Annual report of the Punjab Veterinary College and of the Civil Veterinary Department, Punjab - 1894-1908
Year: 1894
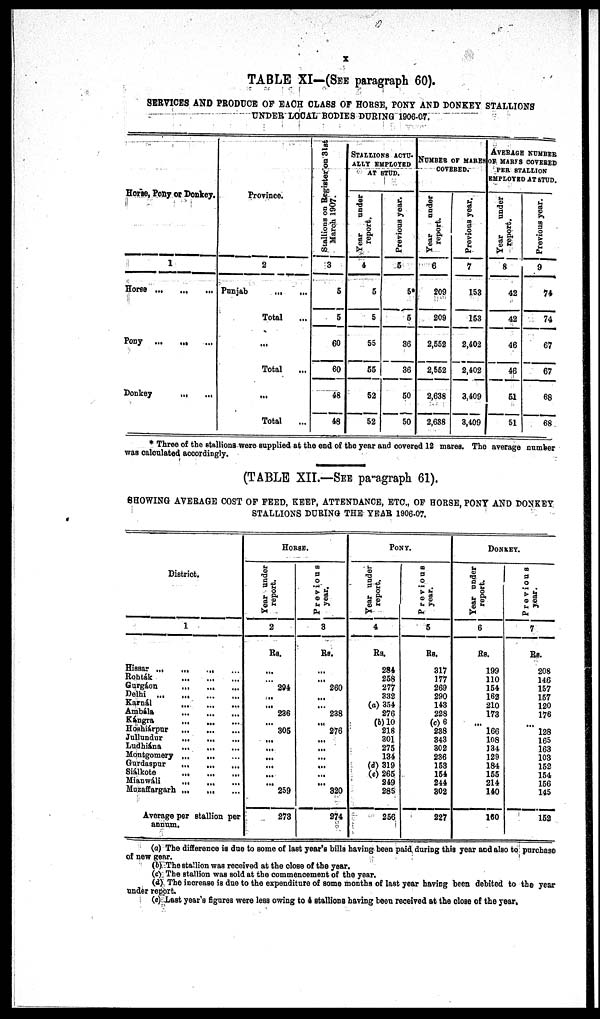
X
TABLE XI—(SEE paragraph 60).
SERVICES AND PRODUCE OF EACH CLASS OF HORSE, PONY AND DONKEY STALLIONS
UNDER LOCAL BODIES DURING 1906-07.
Horse, Pony or Donkey.
1
Horse
...
...
...
Pony
...
...
...
Donkey
...
...
...
Province.
2
Punjab
...
...
Total ...
...
Total ...
...
Total ...
Stallions on Register on 31st
March 1907.
3
5
5
60
60
48
48
STALLIONS ACTU-
ALLY EMPLOYED
AT STUD.
Year
under
report.
4
5
5
55
55
52
52
Previous year.
5
5*
5
36
36
50
50
NUMBER OF MARES
COVERED.
Year
under
report.
6
209
209
2,552
2,552
2,638
2,638
Previous year.
7
153
153
2,402
2,402
3,409
3,409
AVERAGE NUMBER
OF MARFS COVERED
PER STALLION
EMPLOYED AT STUD.
Year
under
report.
8
42
42
46
46
51
51
Previous year.
9
74
74
67
67
68
68
* Three of the stallions were supplied at the end of the year and covered 12 mares. The average number
was calculated accordingly.
(TABLE XII.—SEE paragraph 61).
SHOWING AVERAGE COST OF FEED, KEEP, ATTENDANCE, ETC., OF HORSE, PONY AND DONKEY
STALLIONS DURING THE YEAR 1906-07.
District.
1
Hissar ... ... ... ...
Rohták
Gurgáon
Delhi
Kamál
Ambála
Kángra
Hoshiárpur
Jullundur
Ludhiána
...
...
Montgomery ...
Gurdaspur
...
...
...
Siálkote
.
Mianwáli
Mozaffargarh
Average per stallion per
annum.
HORSE.
Year under
report.
2
Rs.
294
236
...
305
...
...
...
...
...
259
273
Previous
year.
3
Rs.
...
260
...
238
...
276
...
...
...
...
...
...
320
274
PONY.
Year under
report.
4
Rs.
284
258
277
332
(a) 354
276
(b) 10
218
301
275
134
(d) 319
(e) 265
249
285
256
Previous
year.
5
Rs.
317
177
269
290
143
228
(c) 6
238
343
302
236
153
154
244
302
227
DONKEY.
Year under
report.
6
Rs.
199
110
154
162
210
173
...
166
108
134
129
184
155
214
140
160
Previous
year.
7
Rs.
208
146
157
157
120
176
...
128
165
163
103
152
154
156
145
152
(a) The difference is due to some of last year's bills having been paid during this year and also to purchase
of new gear.
(b) The stallion was received at the close of the year.
(c) The stallion was sold at the commencement of the year.
(d) The increase is due to the expenditure of some months of last year having been debited to the year
under report.
(e) Last year's figures were less owing to 4 stallions having been received at the close of the year.